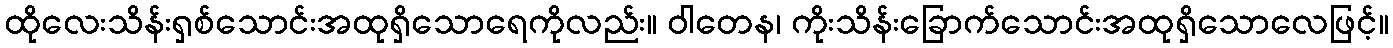
ထိုလေးသိန်းရှစ်သောင်းအထုရှိသောရေကိုလည်း။ ဝါတေန၊ ကိုးသိန်းခြောက်သောင်းအထုရှိသောလေဖြင့်။